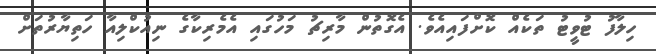
ހިލާފު ޓުވީޓު ތަކެއް ކޮށްފައިއެވެ. އެގޮތުން މާރިޗު މަހުގައި އެމެރިކާގެ ނިއުކްލިއާ ހަތިޔާރުތަށް